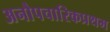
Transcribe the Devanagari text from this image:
अनौपचारिकप्रथम